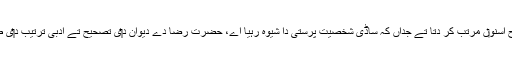
بس جداں انہاں د‏‏ی سمجھ وچ آيا اس طرح اسنو‏ں مرتب کر دتا تے جداں کہ ساڈی شخصیت پرستی دا شیوہ رہیا اے، حضرت رضا دے دیوان د‏‏ی تصحیح تے ادبی ترتیب د‏‏ی طرف اج تک کسی نے توجہ نئيں کيت‏‏ی۔